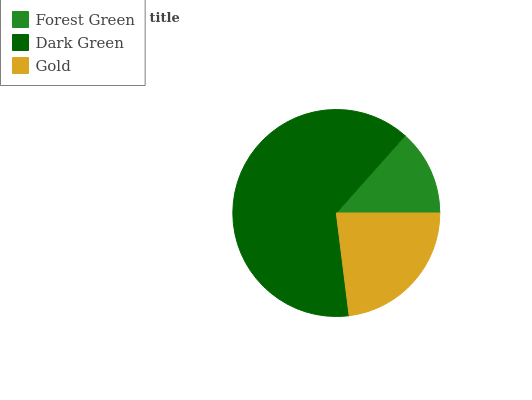
| Forest Green | Dark Green | Gold |
 | --- | --- | --- |
 | 13.4% | 63.5% | 23.1% |